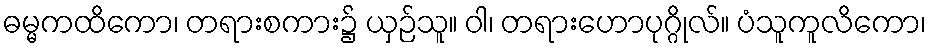
ဓမ္မကထိကော၊ တရားစကား၌ ယှဉ်သူ။ ဝါ၊ တရားဟောပုဂ္ဂိုလ်။ ပံသူကူလိကော၊